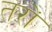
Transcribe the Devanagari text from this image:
तरों